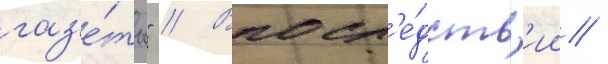
газ'е́ты" // Впосл'е́дств'ии /